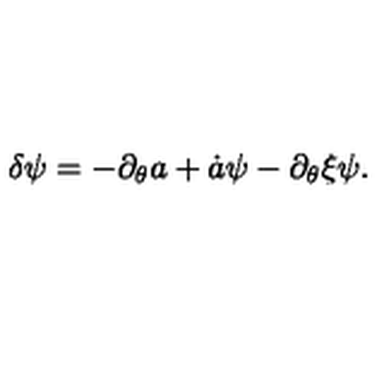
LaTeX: \delta \psi = - \partial _ { \theta } a + \dot { a } \psi - \partial _ { \theta } \xi \psi .